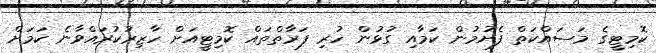
ކޮމިޓީގެ މަސައްކަތް ފެށުމުން ކަމާއި ގުޅުން ހުރި ފަރާތްތައް ކޮމިޓީއަށް ހާޒިރުކުރައްވާނެ ކަމަށް